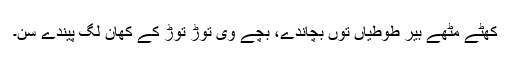
کھٹے مِٹھے بیر طوطیاں توں بچاندے، بچے وی توڑ توڑ کے کھان لگ پیندے سن۔